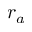
r _ { a }